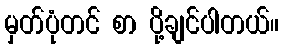
မှတ်ပုံတင် စာ ပို့ချင်ပါတယ်။